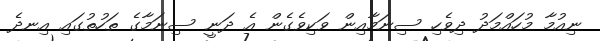
ނިއުމާ މުހައްމަދު ދިވެހި ސިނަމާއިން ވަކިވެގެން އެ ދަނީ ސިނަމާގެ ތަހުތުގައި އިނދެ